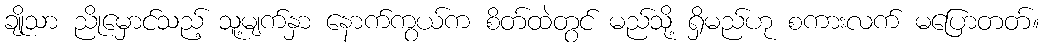
ချိုသာ ညိုမှောင်သည့် သူ့မျက်နှာ နောက်ကွယ်က စိတ်ထဲတွင် မည်သို့ ရှိမည်ဟု စကားလက် မပြောတတ်။